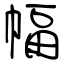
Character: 幅